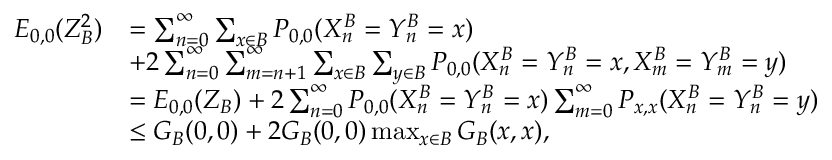
\begin{array} { r l } { E _ { 0 , 0 } ( Z _ { B } ^ { 2 } ) } & { = \sum _ { n = 0 } ^ { \infty } \sum _ { x \in B } P _ { 0 , 0 } ( X _ { n } ^ { B } = Y _ { n } ^ { B } = x ) } \\ & { + 2 \sum _ { n = 0 } ^ { \infty } \sum _ { m = n + 1 } ^ { \infty } \sum _ { x \in B } \sum _ { y \in B } P _ { 0 , 0 } ( X _ { n } ^ { B } = Y _ { n } ^ { B } = x , X _ { m } ^ { B } = Y _ { m } ^ { B } = y ) } \\ & { = E _ { 0 , 0 } ( Z _ { B } ) + 2 \sum _ { n = 0 } ^ { \infty } P _ { 0 , 0 } ( X _ { n } ^ { B } = Y _ { n } ^ { B } = x ) \sum _ { m = 0 } ^ { \infty } P _ { x , x } ( X _ { n } ^ { B } = Y _ { n } ^ { B } = y ) } \\ & { \le G _ { B } ( 0 , 0 ) + 2 G _ { B } ( 0 , 0 ) \operatorname* { m a x } _ { x \in B } G _ { B } ( x , x ) , } \end{array}